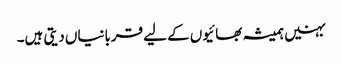
بہنیں ہمیشہ بھائیوں کے لیے قربانیاں دیتی ہیں۔